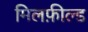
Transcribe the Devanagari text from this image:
मिलफ़ील्ड